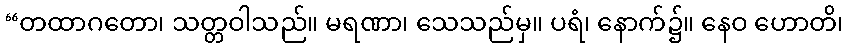
“တထာဂတော၊ သတ္တဝါသည်။ မရဏာ၊ သေသည်မှ။ ပရံ၊ နောက်၌။ နေဝ ဟောတိ၊